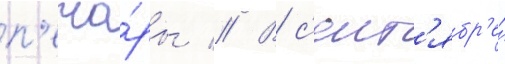
п'ечо́ры // В с'ент'ябр'е́